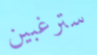
سترغبين